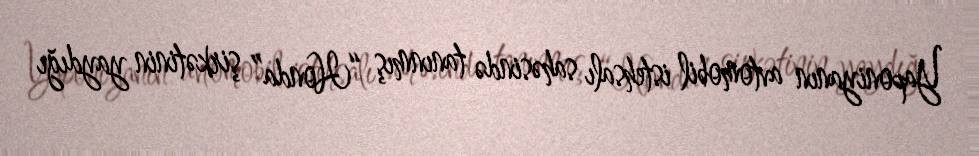
Yaponiyanın avtomobil istehsalı sahəsində tanınmış “Honda” şirkətinin yaydığı